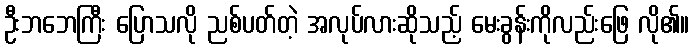
ဦးဘဘေကြီး ပြောသလို ညစ်ပတ်တဲ့ အလုပ်လားဆိုသည့် မေးခွန်းကိုလည်းဖြေ လို၏။